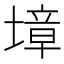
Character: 墇